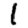
Digit: 1